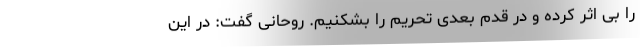
را بی اثر کرده و در قدم بعدی تحریم را بشکنیم. روحانی گفت: در این